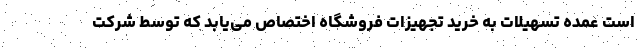
است عمده تسهیلات به خرید تجهیزات فروشگاه اختصاص می­یابد که توسط شرکت